Report of the Indian Hemp Drugs Commission, 1894-1895 - Volume IV
Year: 1894
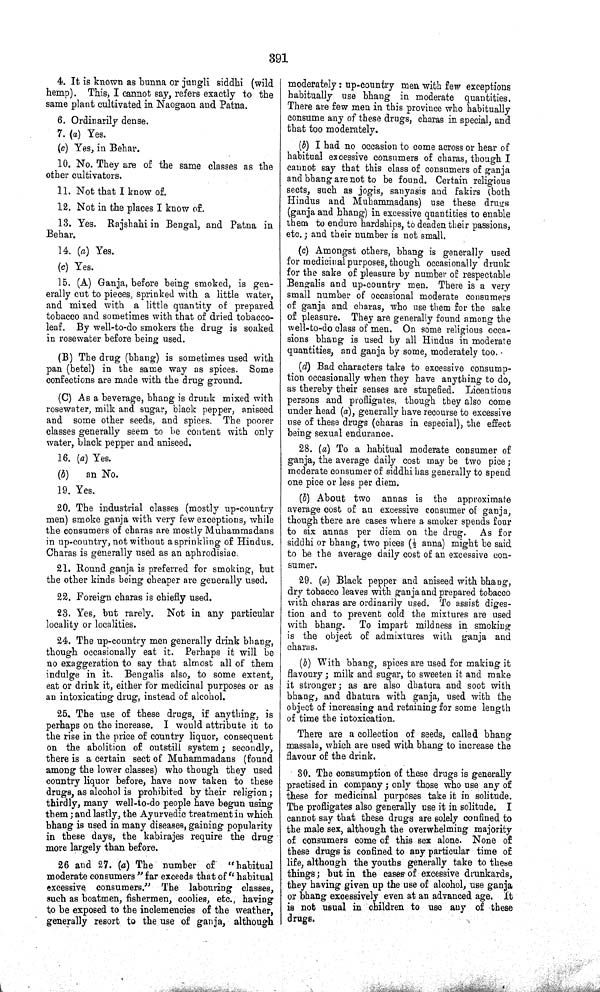
391
4. It is known as bunna or jungli siddhi (wild
hemp). This, I cannot say, refers exactly to the
same plant cultivated in Naogaon and Patna.
6. Ordinarily dense.
7. (a) Yes.
(c) Yes, in Behar.
10. No. They are of the same classes as the
other cultivators.
11. Not that I know of.
12. Not in the places I know of.
13. Yes. Rajshahi in Bengal, and Patna in
Behar.
14. (a) Yes.
(c) Yes.
15. (A) Ganja, before being smoked, is gen-
erally cut to pieces, sprinked with a little water,
and mixed with a little quantity of prepared
tobacco and sometimes with that of dried tobacco-
leaf. By well-to-do smokers the drug is soaked
in rosewater before being used.
(B) The drug (bhang) is sometimes used with
pan (betel) in the same way as spices. Some
confections are made with the drug ground.
(C) As a beverage, bhang is drunk mixed with
rosewater, milk and sugar, black pepper, aniseed
and some other seeds, and spices. The poorer
classes generally seem to be content with only
water, black pepper and aniseed.
16. (a) Yes.
(b)
an No.
19. Yes.
20. The industrial classes (mostly up-country
men) smoke ganja with very few exceptions, while
the consumers of charas are mostly Muhammadans
in up-country, not without a sprinkling of Hindus.
Charas is generally used as an aphrodisiac.
21. Round ganja is preferred for smoking, but
the other kinds being cheaper are generally used.
22. Foreign charas is chiefly used.
23. Yes, but rarely. Not in any particular
locality or localities.
24. The up-country men generally drink bhang,
though occasionally eat it. Perhaps it will be
no exaggeration to say that almost all of them
indulge in it. Bengalis also, to some extent,
eat or drink it, either for medicinal purposes or as
an intoxicating drug, instead of alcohol.
25. The use of these drugs, if anything, is
perhaps on the increase. I would attribute it to
the rise in the price of country liquor, consequent
on the abolition of outstill system; secondly,
there is a certain sect of Muhammadans (found
among the lower classes) who though they used
country liquor before, have now taken to these
drugs, as alcohol is prohibited by their religion;
thirdly, many well-to-do people have begun using
them; and lastly, the Ayurvedic treatment in which
bhang is used in many diseases, gaining popularity
in these days, the kabirajes require the drug
more largely than before.
26 and 27. (a) The number of
"habitual
moderate consumers" far exceeds that of "habitual
excessive consumers." The labouring classes,
such as boatmen, fishermen, coolies, etc., having
to be exposed to the inclemencies of the weather,
generally resort to the use of ganja, although
moderately: up-country men with few exceptions
habitually use bhang in moderate quantities.
There are few men in this province who habitually
consume any of these drugs, charas in special, and
that too moderately.
(b) I had no occasion to come across or hear of
habitual excessive consumers of charas, though I
cannot say that this class of consumers of ganja
and bhang are not to be found. Certain religious
sects, such as jogis, sanyasis and fakirs (both
Hindus and Muhammadans) use these drugs
(ganja and bhang) in excessive quantities to enable
them to endure hardships, to deaden their passions,
etc.; and their number is not small.
(c) Amongst others, bhang is generally used
for medicinal purposes, though occasionally drunk
for the sake of pleasure by number of respectable
Bengalis and up-country men. There is a very
small number of occasional moderate consumers
of ganja and charas, who use them for the sake
of pleasure. They are generally found among the
well-to-do class of men. On some religious occa-
sions bhang is used by all Hindus in moderate
quantities, and ganja by some, moderately too.
(d) Bad characters take to excessive consump-
tion occasionally when they have anything to do,
as thereby their senses are stupefied. Licentious
persons and profligates, though they also come
under head (a), generally have recourse to excessive
use of these drugs (charas in especial), the effect
being sexual endurance.
28. (a) To a habitual moderate consumer of
ganja, the average daily cost may be two pice;
moderate consumer of siddhi has generally to spend
one pice or less per diem.
(b) About two annas is the approximate
average cost of an excessive consumer of ganja,
though there are cases where a smoker spends four
to six annas per diem on the drug. As for
siddhi or bhang, two pices (½ anna) might be said
to be the average daily cost of an excessive con-
sumer.
29. (a) Black pepper and aniseed with bhang,
dry tobacco leaves with ganja and prepared tobacco
with charas are ordinarily used. To assist diges-
tion and to prevent cold the mixtures are used
with bhang. To impart mildness in smoking
is the object of admixtures with ganja and
charas.
(b) With bhang, spices are used for making it
flavoury; milk and sugar, to sweeten it and make
it stronger; as are also dhatura and soot with
bhang, and dhatura with ganja, used with the
object of increasing and retaining for some length
of time the intoxication.
There are a collection of seeds, called bhang
massala, which are used with bhang to increase the
flavour of the drink.
30. The consumption of these drugs is generally
practised in company; only those who use any of
these for medicinal purposes take it in solitude.
The profligates also generally use it in solitude. I
cannot say that these drugs are solely confined to
the male sex, although the overwhelming majority
of consumers come of this sex alone. None of
these drugs is confined to any particular time of
life, although the youths generally take to these
things; but in the cases of excessive drunkards,
they having given up the use of alcohol, use ganja
or bhang excessively even at an advanced age. It
is not usual in children to use any of these
drugs.